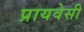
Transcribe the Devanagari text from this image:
प्रायवेसी